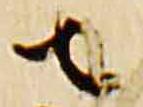
者